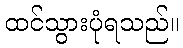
ထင်သွားပုံရသည်။